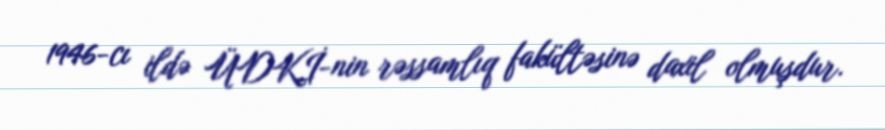
1946-cı ildə ÜDKİ-nin rəssamlıq fakültəsinə daxil olmuşdur.